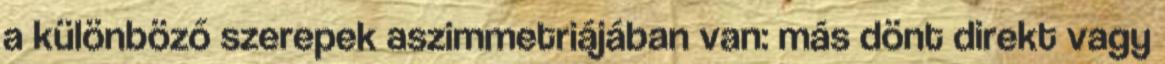
a különböző szerepek aszimmetriájában van: más dönt direkt vagy